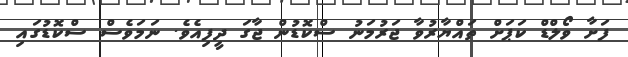
ފަށާ ވޯލްޑް ކަޕަށް ތައްޔާރުވާ ޖަރުމަނު ސްކޮޑުން ޖާގަ ދީފިއެވެ. ނަމަވެސް ސްކޮޑުގައި